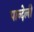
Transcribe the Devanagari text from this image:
पान्देली